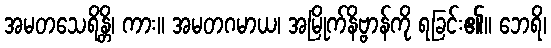
အမတသေရိန္တိ၊ ကား။ အမတဂမာယ၊ အမြိုက်နိဗ္ဗာန်ကို ရခြင်း၏။ ဘေရိ၊